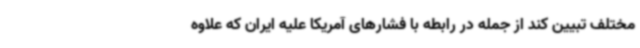
مختلف تبیین کند از جمله در رابطه با فشارهای آمریکا علیه ایران که علاوه